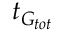
t _ { G _ { t o t } }